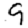
Digit: 9